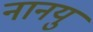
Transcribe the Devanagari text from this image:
नानयु